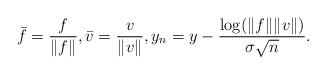
LaTeX: \begin{align*}\bar f = \frac{f}{\|f\|}, \bar v = \frac{v}{\|v\|}, y_n = y - \frac{\log (\|f\| \|v\|)}{\sigma \sqrt{n}}. \end{align*}